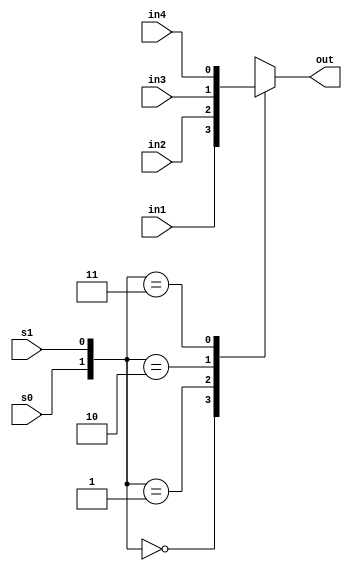
module mux4_1b(out,in1,in2,in3,in4,s0,s1);
	input in1,in2,in3,in4,s0,s1;
	output reg out;
	always@(*)
		case({s0,s1})
		2'b00:out=in1;
		2'b01:out=in2;
		2'b10:out=in3;
		2'b11:out=in4;
		default:out=2'bx;
		endcase
endmodule